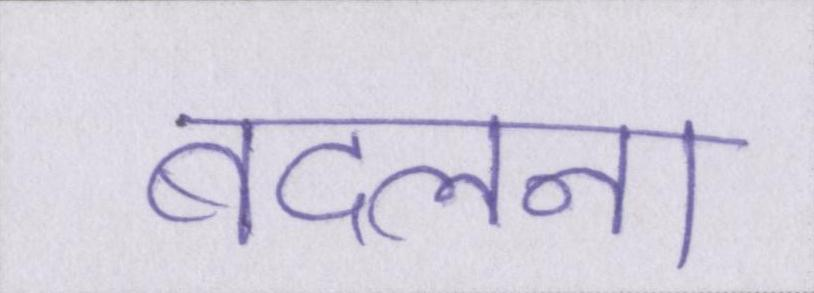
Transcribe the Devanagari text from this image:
बदलना